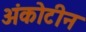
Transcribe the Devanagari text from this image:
अंकोटीन